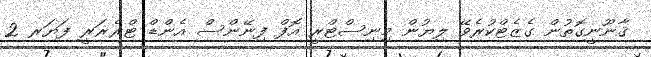
ޤާނޫނީގޮތުން ގެޒެޓްކުރެވޭ ލިޔުން މިނިސްޓްރީ އޮފް ފިނޭންސް އެންޑް ޓްރެޜަރީ ފަޔަރ 2